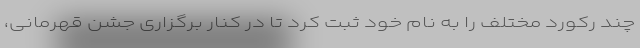
چند رکورد مختلف را به نام خود ثبت کرد تا در کنار برگزاری جشن قهرمانی،